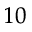
^ { 1 0 }